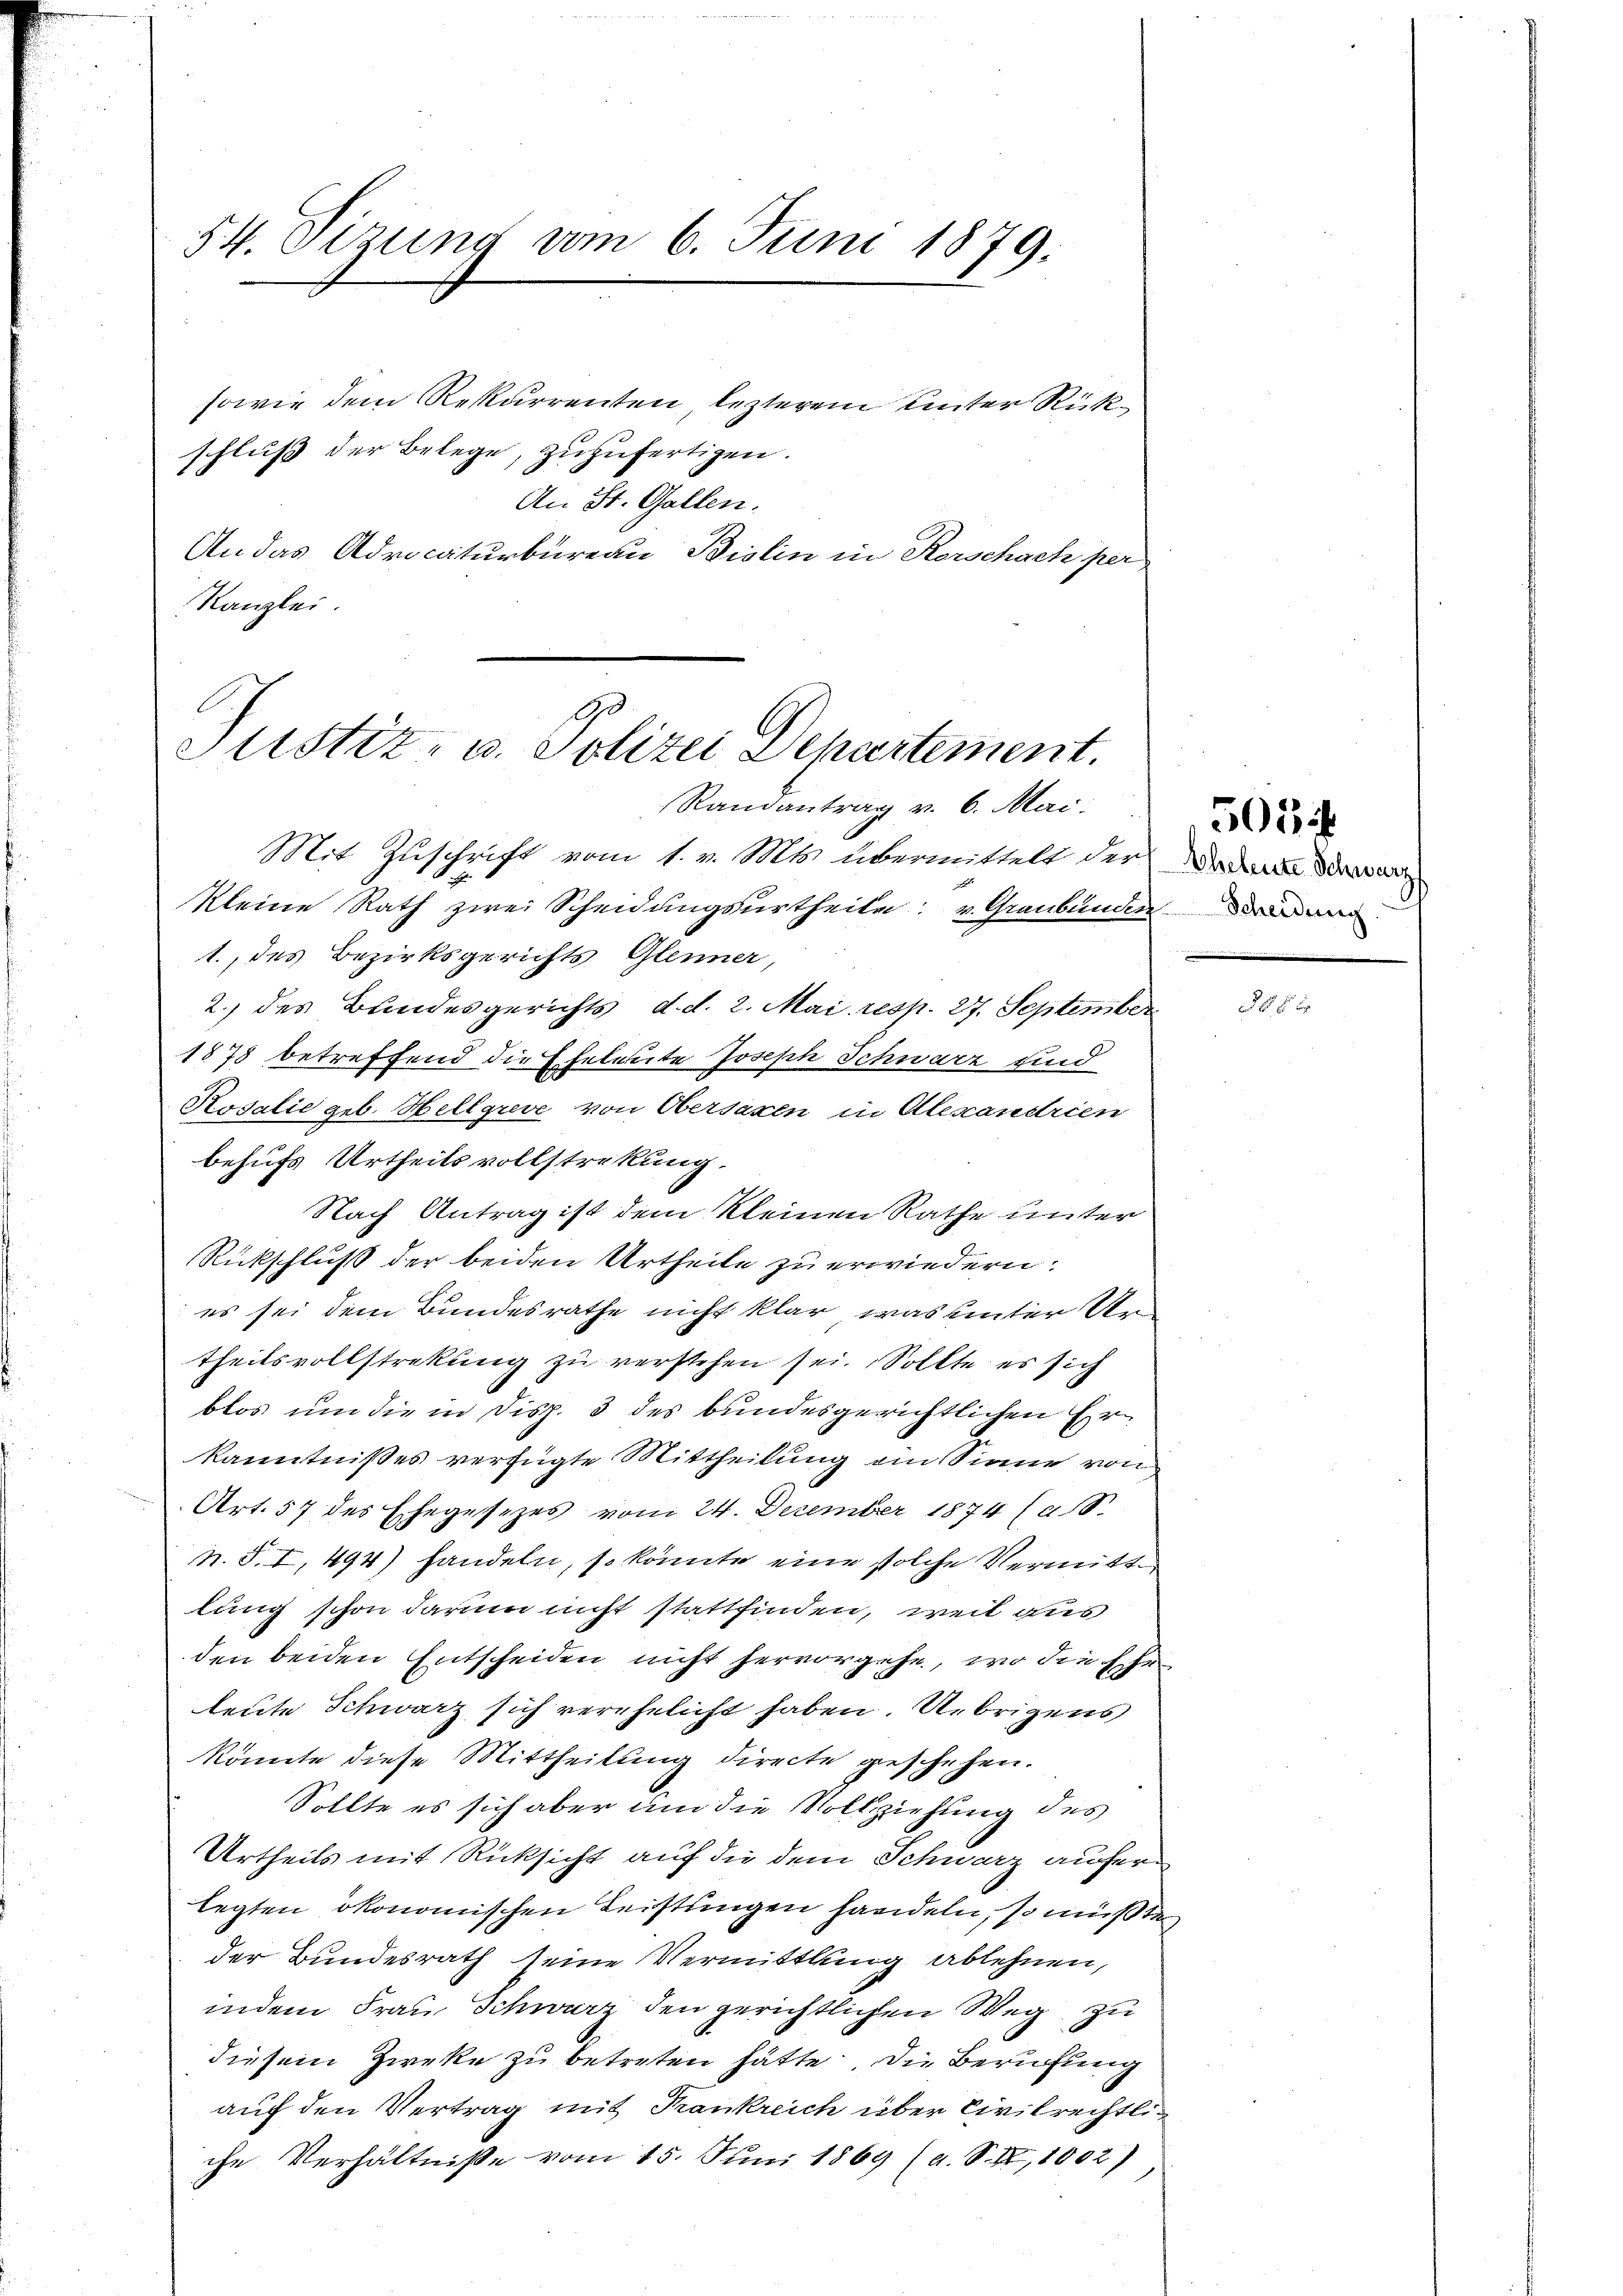
54. Sizung vom 6. Juni 1879.

sowie dem Rekurrenten lezterem Unter Rückschluß der Belege, zuzufertigen.
An St. Gallen.
An das Advocaturbüreau Biolin in Kerschach per
Kanzlei.

Justiz- u. Polizei Departement.
Randantrag v. 6. Mai.

Mit Zuschrift vom 1. v. Mts. übermittelt der
kleine Rath zwei Scheidungsurtheile u. Graubünden
1., des Bezirksgerichts Glenner,
2.) des Bundesgerichts, d. d. 2. Mai resp. 27. September
1878 betreffend die Eheleute Joseph Schwarz sind
Kosalie geb. Hellgreve von Obersaxen in Alescandrien
behufs Urtheils vollstrekung.
Nach Antrag ist dem kleinen Rathe unter
Rückschluß der beiden Urtheile zu erwiedern.
es sei dem Bundesrathe nicht klar, was unter Ur
theilsvollstrekung zu verstehen sei. Sollte es sich
blos um die in Disp. 3 des bundesgerichtlichen Erkanntnißes verfügte Mittheilung ein Sinne von
Art. 57 des Ehegesezes vom 24. Dezember 1874 (a.
N. S. I, 494) handeln, so könnte eine solche Vermitte
lung schon darum nicht stattfinden, weil aus
den beiden Entscheiden nicht hervorgehe, wo die Ehe
leute Schwarz sich verehelicht haben. Uebrigens
könnte diese Mittheilung directe geschehen.
Sollte es sich aber um die Vollziehung des
Urtheils mit Rücksicht auf die dem Schwarz auferlegten ökonomischen Leistungen handeln, so mußte
der Bundesrath seine Vermittlung ablehnen,
indem Frau Schwarz den gerichtlichen Weg zu
diesem Zwecke zu betreten hätte. Die Berufung
auf den Vertrag mit Krankreich über Civilrechtliche Verhältnisse vom 15. Juni 1869 (a. S. II, 1002)

Aheleute Schwarzf

505 f